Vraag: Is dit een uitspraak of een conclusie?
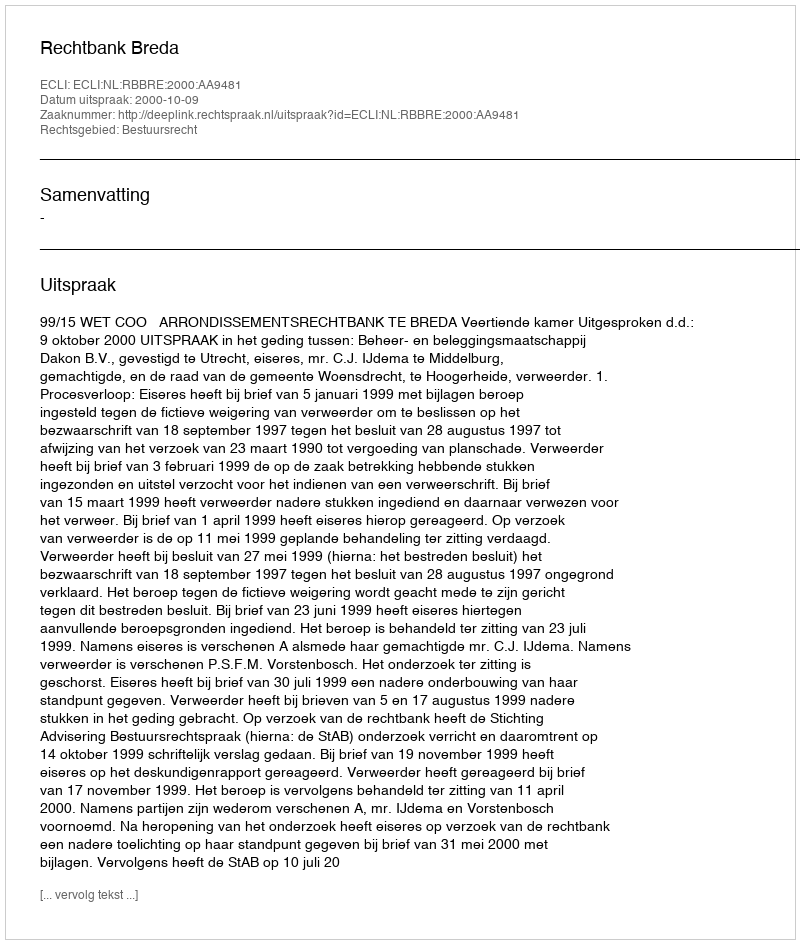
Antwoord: Uitspraak